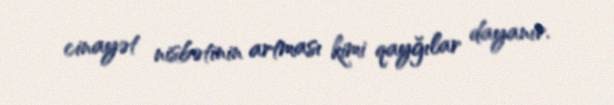
cinayət nisbətinin artması kimi qayğılar dayanır.